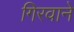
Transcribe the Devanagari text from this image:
गिरवाने